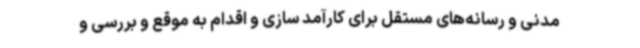
مدنی و رسانه‌های مستقل برای کارآمد سازی و اقدام به موقع و بررسی و